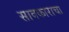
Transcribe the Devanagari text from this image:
सावकाराचा